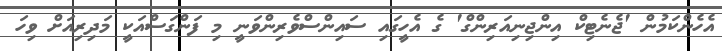
އެހެންކަމުން 'ޖެނެޓިކް އިންޖިނިއަރިންގް' ގެ އެހީގައި ސައިންސްވެރިންވަނީ މި ފަންގަސްއަކީ މަދިރިއަށް ވިހަ